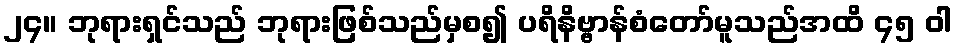
၂၄။ ဘုရားရှင်သည် ဘုရားဖြစ်သည်မှစ၍ ပရိနိဗ္ဗာန်စံတော်မူသည်အထိ ၄၅ ဝါ